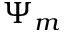
\Psi _ { m }